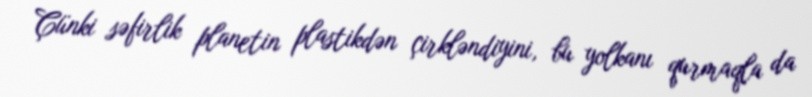
Çünki səfirlik planetin plastikdən çirkləndiyini, bu yolkanı qurmaqla da